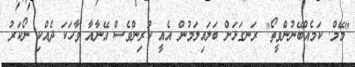
"މޭމް. ކަމެއްބޭނުންވީތޯ" ރަނގަޅަށް ބަލައިލަމުން އެއީ ކުރިންވެސް އޭނާއާ ވާހަކަ ދެއްކި ނޯކަރު